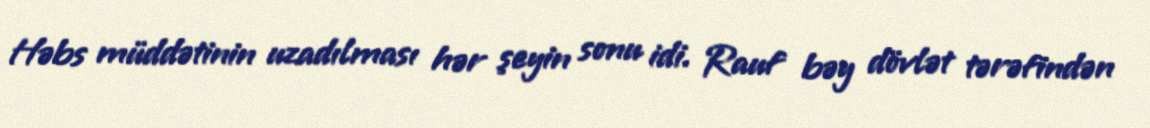
Həbs müddətinin uzadılması hər şeyin sonu idi. Rauf bəy dövlət tərəfindən